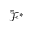
\bar { \mathcal { F } } ^ { * }